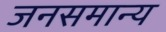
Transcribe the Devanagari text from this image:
जनसमान्य